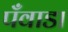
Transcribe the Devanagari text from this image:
पँवाडा